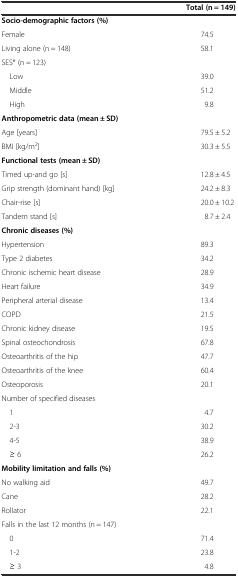
<table><thead><tr><td></td><td><b>Total (n = 149)</b></td></tr></thead><tbody><tr><td colspan="2"><b>Socio-demographic factors (%)</b></td></tr><tr><td>Female</td><td>74.5</td></tr><tr><td>Living alone (n = 148)</td><td>58.1</td></tr><tr><td>SES* (n = 123)</td><td></td></tr><tr><td> Low</td><td>39.0</td></tr><tr><td> Middle</td><td>51.2</td></tr><tr><td> High</td><td>9.8</td></tr><tr><td colspan="2"><b>Anthropometric data (mean ± SD)</b></td></tr><tr><td>Age [years]</td><td>79.5 ± 5.2</td></tr><tr><td>BMI [kg/m<sup>2</sup>]</td><td>30.3 ± 5.5</td></tr><tr><td colspan="2"><b>Functional tests (mean ± SD)</b></td></tr><tr><td>Timed up-and go [s]</td><td>12.8 ± 4.5</td></tr><tr><td>Grip strength (dominant hand) [kg]</td><td>24.2 ± 8.3</td></tr><tr><td>Chair-rise [s]</td><td>20.0 ± 10.2</td></tr><tr><td>Tandem stand [s]</td><td>8.7 ± 2.4</td></tr><tr><td colspan="2"><b>Chronic diseases (%)</b></td></tr><tr><td>Hypertension</td><td>89.3</td></tr><tr><td>Type 2 diabetes</td><td>34.2</td></tr><tr><td>Chronic ischemic heart disease</td><td>28.9</td></tr><tr><td>Heart failure</td><td>34.9</td></tr><tr><td>Peripheral arterial disease</td><td>13.4</td></tr><tr><td>COPD</td><td>21.5</td></tr><tr><td>Chronic kidney disease</td><td>19.5</td></tr><tr><td>Spinal osteochondrosis</td><td>67.8</td></tr><tr><td>Osteoarthritis of the hip</td><td>47.7</td></tr><tr><td>Osteoarthritis of the knee</td><td>60.4</td></tr><tr><td>Osteoporosis</td><td>20.1</td></tr><tr><td colspan="2">Number of specified diseases</td></tr><tr><td> 1</td><td>4.7</td></tr><tr><td> 2-3</td><td>30.2</td></tr><tr><td> 4-5</td><td>38.9</td></tr><tr><td> ≥ 6</td><td>26.2</td></tr><tr><td colspan="2"><b>Mobility limitation and falls (%)</b></td></tr><tr><td>No walking aid</td><td>49.7</td></tr><tr><td>Cane</td><td>28.2</td></tr><tr><td>Rollator</td><td>22.1</td></tr><tr><td colspan="2">Falls in the last 12 months (n = 147)</td></tr><tr><td> 0</td><td>71.4</td></tr><tr><td> 1-2</td><td>23.8</td></tr><tr><td> ≥ 3</td><td>4.8</td></tr></tbody></table>